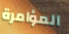
المؤامرة